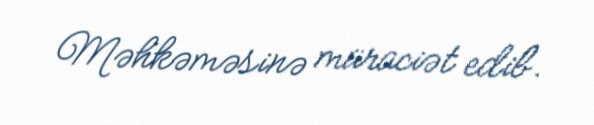
Məhkəməsinə müraciət edib.